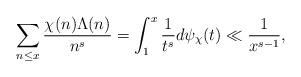
LaTeX: \begin{align*} \sum _{n \leq x} \frac{\chi (n)\Lambda(n)}{n^s}=\int _1^{x }\frac{1}{t^s}d \psi _{\chi }(t) \ll \frac{1}{x^{s-1}},\end{align*}